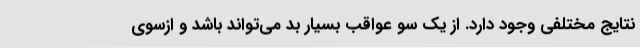
نتایج مختلفی وجود دارد. از یک سو عواقب بسیار بد می‌تواند باشد و ازسوی